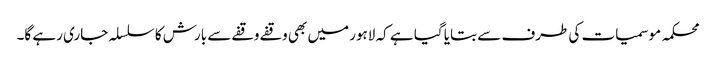
محکمہ موسمیات کی طرف سے بتایا گیا ہے کہ لاہور میں بھی وقفے وقفے سے بارش کا سلسلہ جاری رہے گا۔